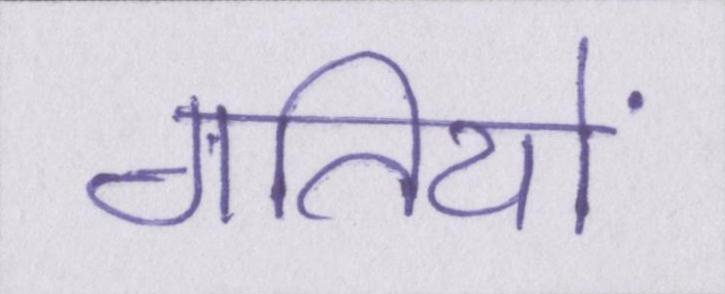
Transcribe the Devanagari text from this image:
गतियों